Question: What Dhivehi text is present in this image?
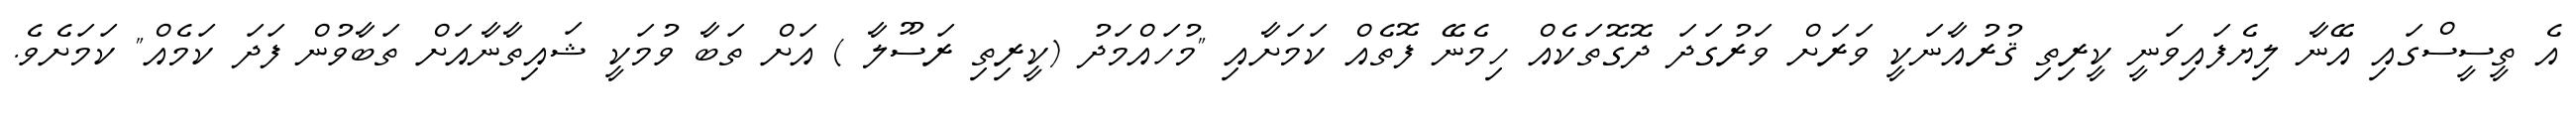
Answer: އެ ތީސީސްގައި އޭނާ ލިޔެފައިވަނީ ކީރިތި ޤުރުއާނަކީ ވަރަށް ވަރުގަދަ ދޮގޮތަކެއް ހިމެނޭ ފޮތެއް ކަމަށާއި "މުހައްމަދު (ކީރިތި ރަސޫލާ ) އަށް ތަބާ ވުމަކީ ޝައިތާނާއަށް ތަބާވުން ފަދަ ކަމެއް" ކަމަށެވެ.